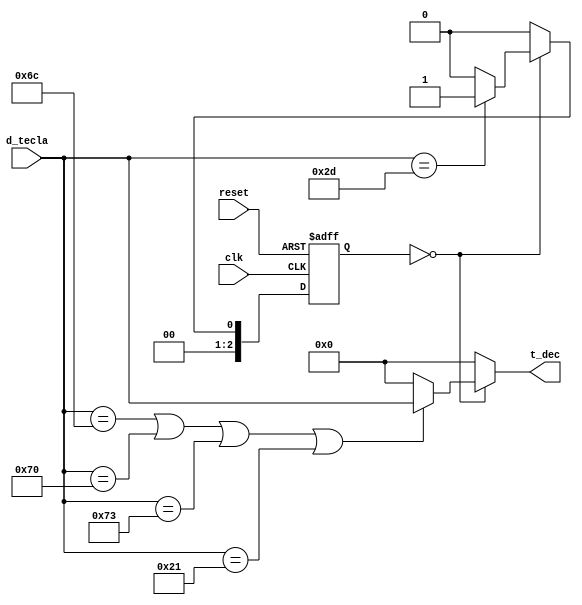
`timescale 1ns / 1ps
//////////////////////////////////////////////////////////////////////////////////
// Company:  ITCR
// 
// Design Name: Validacion de tecla
// Module Name:    validar_tecla 
// Project Name: Proyecto Corto 2
// Target Devices: Nexys 3
// Tool versions: ISE 14.7
// Description: 
//
// Dependencies: 
//
// Revision: 
// Revision 0.01 - File Created
// Additional Comments: 
//
//////////////////////////////////////////////////////////////////////////////////
module filtro_tecla(
		input wire reset , clk,
		input wire [7:0] d_tecla,
		output reg [7:0] t_dec
    );
	 

		
		///seales
		reg [2:0]	state_reg, state_next;
		
		////Estados
		localparam [2:0]
			s0_espera		=2'b00,
			s1_reset			=2'b01;

			 
		localparam [7:0]
			//////////Teclas permitidas
			rst		=8'b00101101,////2D   /// R
			//teclabrk	=8'b11110000,////F0
			cero		=8'b01110000,////70
			dos		=8'b01110010,////72
			tres		=8'b01111010,////7A
			cinco		=8'b01110011,////73
			siete		=8'b01101100,////6C
			C			=8'b00100001;////21

			
			
		// state register
		always@(posedge clk, posedge reset)
		
		 if(reset)
		 begin
	
				state_reg 	<= s0_espera; ////////se le asigna un estado inicial
			

				
			end
		 else
		 begin
				state_reg 	<= state_next; //con esto se recorren las variables de estado
		end
		
		
		//Bloque de la maquina de estados, funciona cuando ocurre un cambio
		 always@*
		 begin///////inicio always

			///inicializacion de las variables de salida y default
			state_next	=state_reg;	
			t_dec	=8'b00000000;

									
			/////Estados///////
				case(state_reg)
					/////////////FILTRO DE TECLA LIBERADA
					
					s0_espera:
						begin

							if(d_tecla==siete | d_tecla==cero | d_tecla==cinco | d_tecla==C)
							begin
								t_dec=d_tecla;
								state_next=s0_espera;
							end
							else
								state_next=s0_espera;
							if(d_tecla==rst)
							begin
								state_next=s1_reset;
							end
							else
								state_next=s0_espera;
						end
						/////////////FILTRO DE TECLA LIBERAD
						s1_reset:
							begin
								t_dec	=8'b00000000;
								state_next = s0_espera;
							end
						/////////////Default
					default: 
						begin 
							
							state_next = s0_espera;
						
						end
				
						/////////////Default
			/////Estados///////		
				endcase
//////////////////////END ALWAYS
		end

endmodule